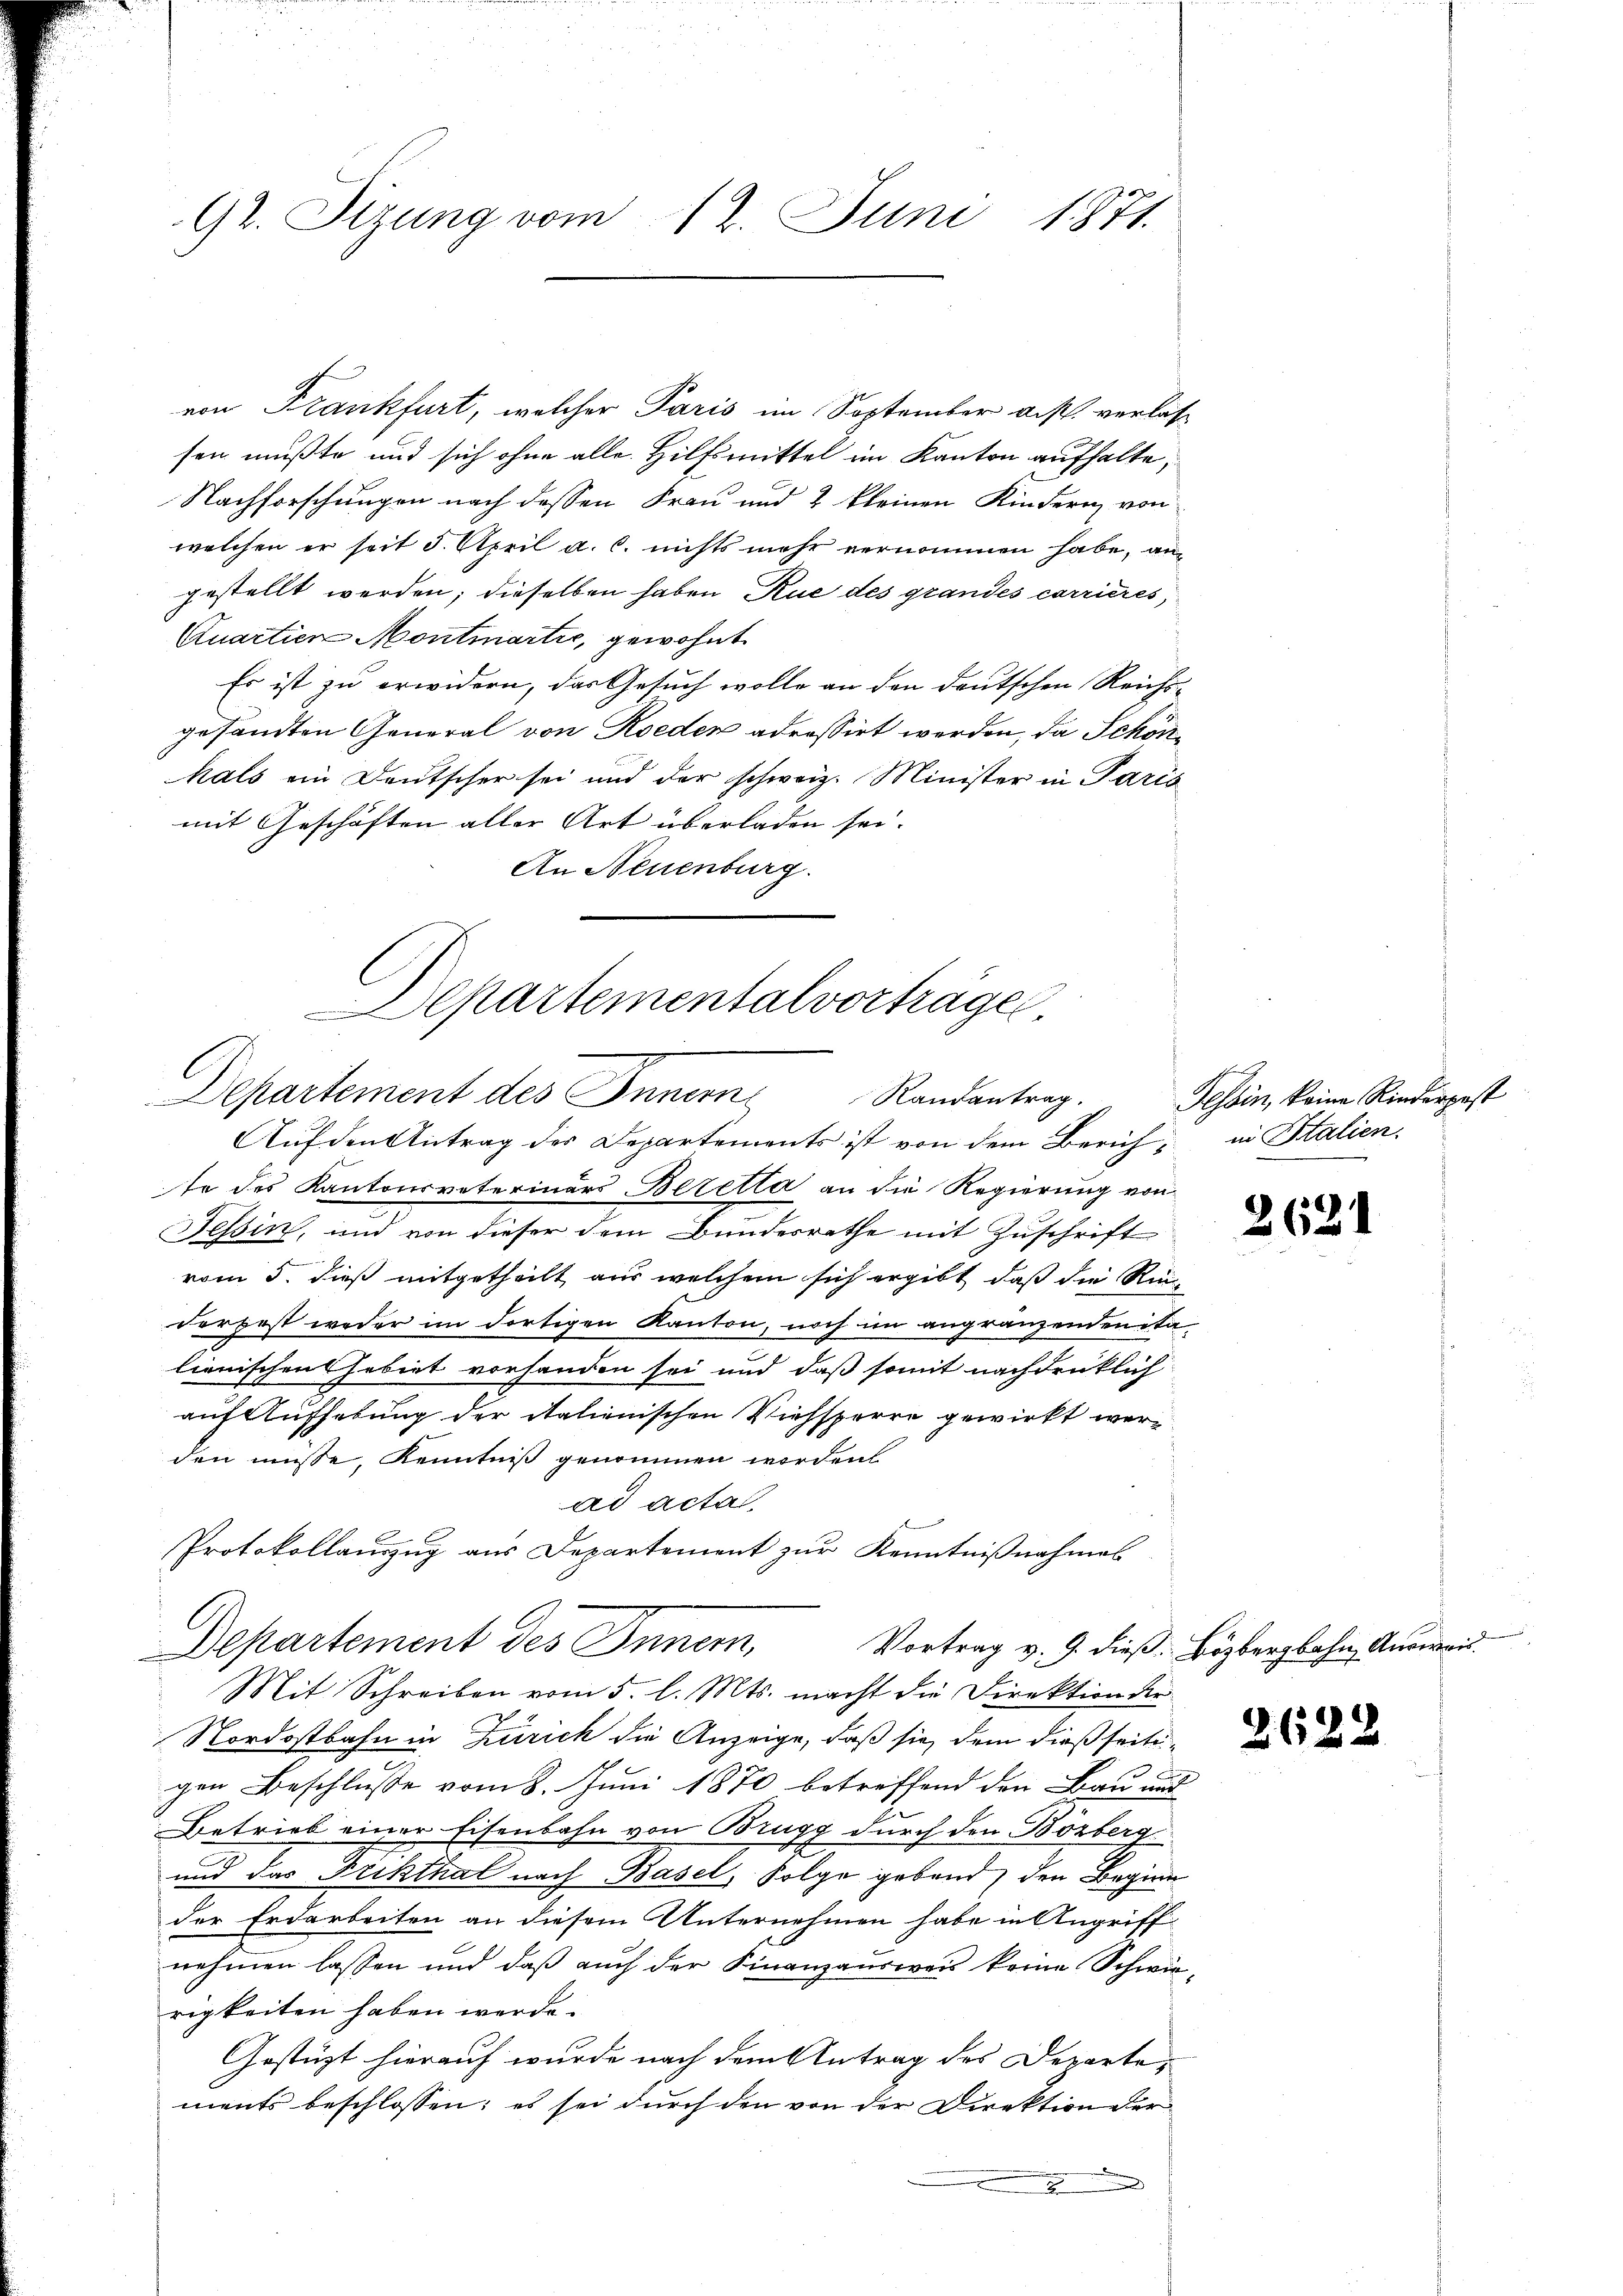
92. Sitzung vom 12. Juni 1871.

von Frankfurt, welcher Paris im September bist verlassen mußte und sich ohne alle Hilfsmittel im Kanton aufhalte,
Nachforschungen nach dessen Frau und 2 kleinen Kindernn von
welchen er seit 3. April a. c. nichts mehr vernommen habe, an-
gestellt werden; dieselben haben, Rue des grandes corrieres,
Quartien Montmartie, gewohnt
Es ist zu erwidern, das Gesuch wolle an den deutschen Reichs-
gesandten General von Roeden adressirt werden, da Schönhals ein Deutscher sei und der schweiz. Minister in Paris
mit Geschäften aller Art überladen sei.
An Neuenburg.
Auf den Antrag des Departements ist von dem Zürich in Stalien.
te des Kantonsveterinärs Beretta an die Regierung von
Tessin, und von dieser dem Bundesrathe mit Zuschrift
vom 5. dieß mitgetheilt, aus welchem sich ergibt, daß die Ri
derfest weder im dortigen Kanton, noch im angränzenden ita-
lienischen Gebiet vorhanden sei und daß somit nachdrücklich
auf Aufhebung der italienischen Viehsperre gewirkt wer-
den müsse, Kenntniß genommen worden
ad acta.
Protokollauszug aus Departement zur Kenntnißnahmes
Departement des Inner,
Vortrag v. 9. dieß Bözbergbahn, Ausweis
Mit Schreiben vom 5. l. Mts. macht die Direktion der
Nordostbahn in Zürich die Anzeige, daß sie dem dießseiti¬
1
gen Beschlusse vom 8. Juni 1870 betreffend den Bau und
Betrieb einer Eisenbahn von Brugg durch den Bözberg
und das Frikthal nach Basel, Folge gebend, den Beginn
der Erdarbeiten an diesem Unternehmen habe in Angriff
nehmen lassen und daß auch der Finanzausweis keine Schwurrigkeiten haben werde.
Gestüzt hierauf wurde nach dem Antrag des Departe,
ments beschlossen; es sei durch den von der Direktion der

epartementalvorträge
Departement des Innern
Randantrag.

Tessin, keine Rinderpest

2621

2622